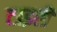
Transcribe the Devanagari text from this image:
टाइरी